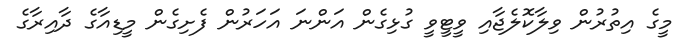
މީގެ އިތުރުން ވިލާކޮލެޖާއި ވީޓީވީ ގުޅިގެން އަންނަ އަހަރުން ފެށިގެން މީޑިއާގެ ދާއިރާގެ